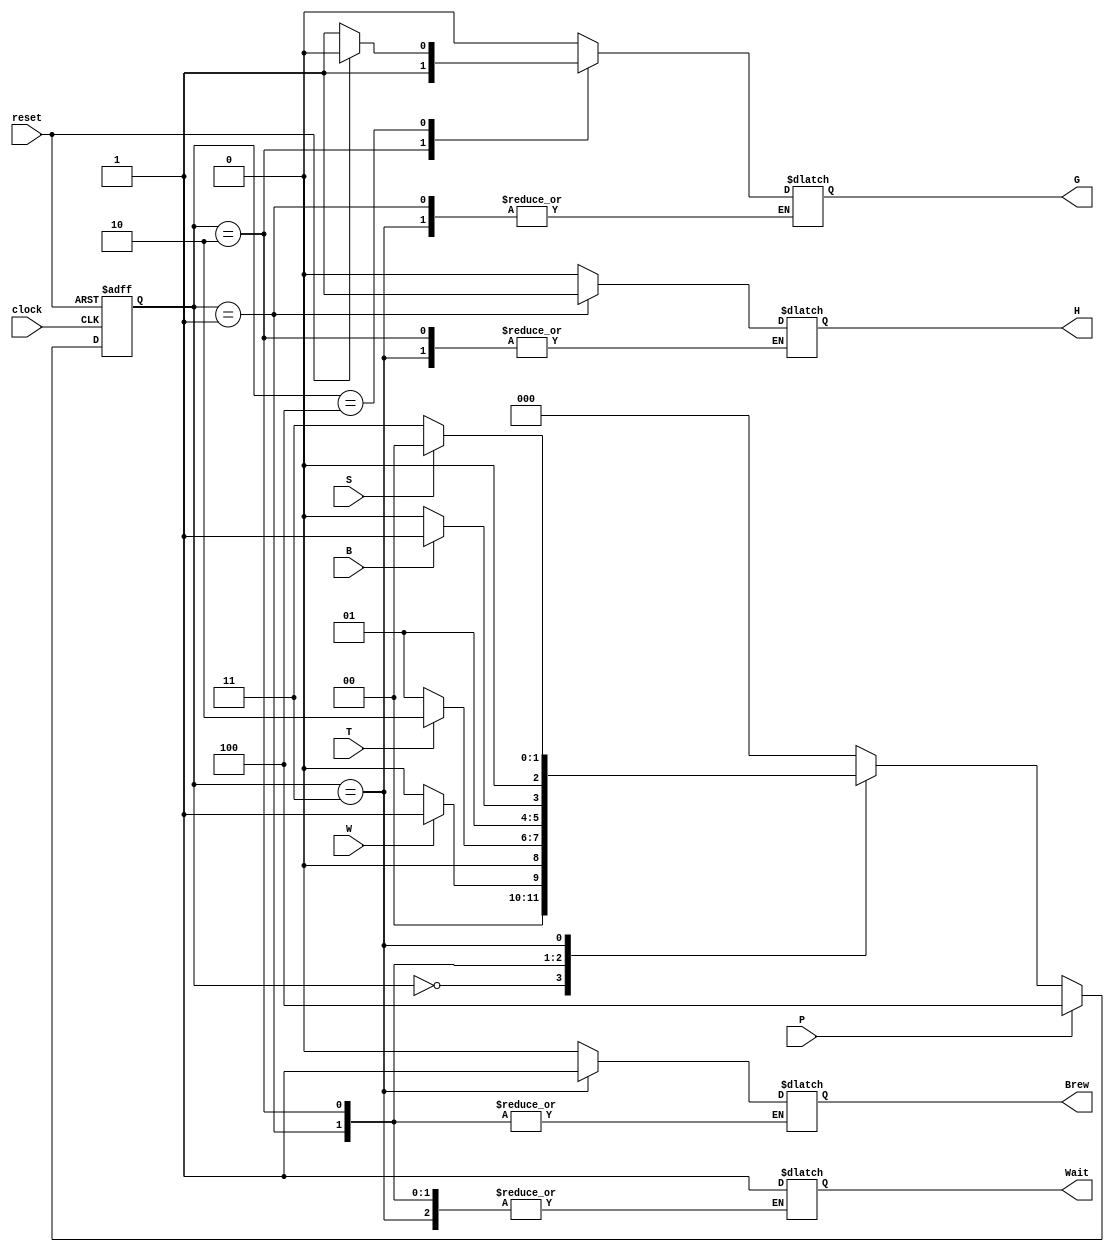
module CoffeeMachine_mealy (
    input clock, 
    input reset,
    input B,       // Brew
	 input S,       // Stop
	 input W,       // Water Level
	 input T,       // Temperature
	 input P,
    output reg H,
	 output reg G,
	 output reg Brew,
	 output reg Wait
); 

//State-Machine Registers
reg [2:0] state;

//Local Parameters used to define state names (similar to #define in C)
localparam WAIT_STATE = 3'b000;
localparam HEAT_STATE = 3'b001;
localparam READY_STATE = 3'b010;
localparam BREW_STATE = 3'b011;
localparam ERROR_STATE = 3'b100;

//Define the outputs for each state
always @(state) begin
    case (state)
        WAIT_STATE: begin // Define state A outputs
           H = 1'b0; // Default value for output
	        G = 1'b0; // Default value for output
	        Wait = 1'b1; // when sufficient water level
	        Brew = 1'b0; // Default value for output
        end
        HEAT_STATE: begin // Define state B outputs
           H = 1'b1;
        end
        READY_STATE: begin // Define state C outputs
           G = 1'b1;
        end
		  BREW_STATE: begin // Define state C outputs
           Brew = 1'b1;
        end
		  ERROR_STATE: begin // Define state C outputs
		    if (!reset) begin
           H = 1'b0; // Default value for output
	        G = 1'b1; // Default value for output
	        Wait = 1'b1; // Default value for output
	        Brew = 1'b0; // Default value for output
			 end else begin
			  H = 1'b0; // Default value for output
	        G = 1'b0; // Default value for output
	        Wait = 1'b1; // Default value for output
	        Brew = 1'b0; // Default value for output
          end
		  end
		  default:begin
		  H = 1'b0; // Default value for output
	     G = 1'b0; // Default value for output
	     Wait = 1'b1; // Default value for output
	     Brew = 1'b0; // Default value for output
		  end
    endcase
end

//Define state transitions, which are synchronous
always @(posedge clock or posedge reset) begin
    if (reset) begin
        //Reset the state machine
        state <= WAIT_STATE;
    end 
	 else if (P) begin
	     state <= ERROR_STATE;
	 end
	 else begin
        case (state)
            WAIT_STATE: begin // Define state A behaviour
                if (W) begin 
                    state <= HEAT_STATE;
                end 
                if (!W) begin
                    state <= WAIT_STATE;
                end
            end
            HEAT_STATE: begin // Define state B behaviour
                if (T) begin
                    state <= READY_STATE;
                end 
                if (!T) begin
                    state <= HEAT_STATE;
                end
            end
            READY_STATE: begin // Define state C behaviour
                if (B) begin
                    state <= BREW_STATE;
                end 
                if (!B) begin
                    state <= READY_STATE;
                end
            end
				BREW_STATE: begin // Define state C behaviour
                if (S) begin
                    state <= WAIT_STATE;
                end 
                if (!S) begin
                    state <= BREW_STATE;
                end
            end
            default: begin
                state <= WAIT_STATE;
            end
        endcase
	 end
end

endmodule